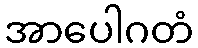
အာပေါဂတံ